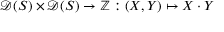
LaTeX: { \mathcal { D } } ( S ) \times { \mathcal { D } } ( S ) \rightarrow \mathbb { Z } : ( X , Y ) \mapsto X \cdot Y